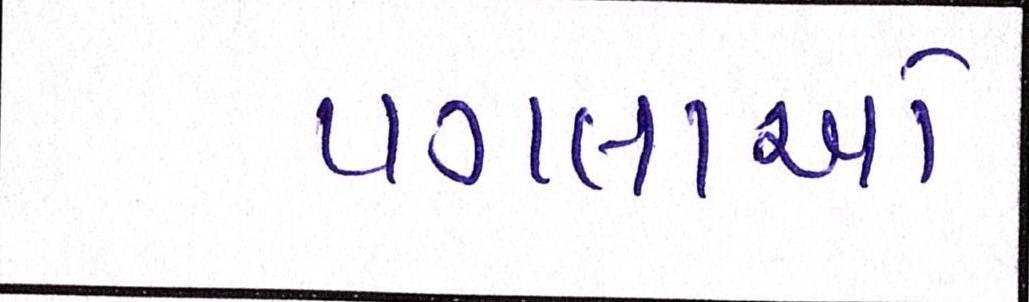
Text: પગલાઓ